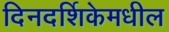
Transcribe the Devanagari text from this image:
दिनदर्शिकेमधील